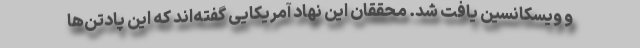
و ویسکانسین یافت شد. محققان این نهاد آمریکایی گفته‌اند که این پادتن‌ها